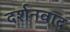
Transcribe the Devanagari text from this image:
दर्शनवाद